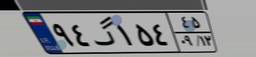
۴۹گ۰۴۴۳۹